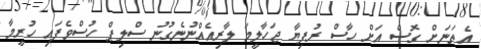
އެތަނަށް ގޮސް އަށް ހާސް ރުފިޔާ ޖަހާލީމަ ލާރިއެއްނުނެގުނު ސްލިޕް ހުސްވެފައި ހުރީމާ